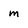
Character: m